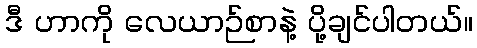
ဒီ ဟာကို လေယာဉ်စာနဲ့ ပို့ချင်ပါတယ်။